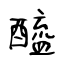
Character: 醯